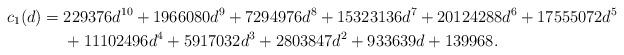
LaTeX: \begin{align*}c_1(d) ={}& 229376d^{10}+1966080d^9+7294976d^8+15323136d^7+20124288d^6+17555072d^5\\&+11102496d^4+5917032d^3+2803847d^2+933639d+139968.\end{align*}